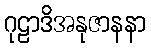
ဂုဠာဒိအနုဇာနနာ